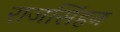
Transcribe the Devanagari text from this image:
राजसिंहन